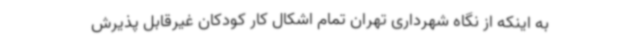
به اینکه از نگاه شهرداری تهران تمام اشکال کار کودکان غیرقابل پذیرش